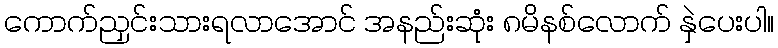
ကောက်ညှင်းသားရလာအောင် အနည်းဆုံး ၈မိနစ်လောက် နှဲပေးပါ။